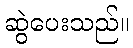
ဆွဲပေးသည်။